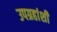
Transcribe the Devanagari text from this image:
उपग्रहांशी